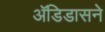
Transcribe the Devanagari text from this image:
अॅडिडासने